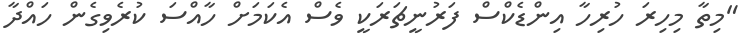
"މިތާ މިހިރަ ހުރިހާ އިންޑެކްސް ފަރުނީޗަރަކީ ވެސް އެކަމަށް ހާއްސަ ކުރެވިގެން ހައްދާ